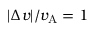
| \Delta v | / v _ { \mathrm { A } } = 1